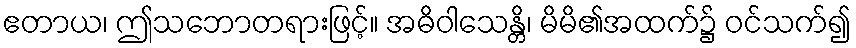
ဧတာယ၊ ဤသဘောတရားဖြင့်။ အဓိဝါသေန္တိ၊ မိမိ၏အထက်၌ ဝင်သက်၍